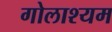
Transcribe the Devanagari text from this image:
गोलाश्यम